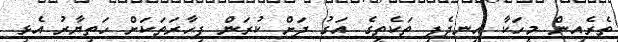
ތެރެއިން މީހަކާ އިނދެފި ތަކެތީގެ އަގު ދަށް ކުރަން ފިހާރަތަކަށް ހަތިޔާރު އެޅި